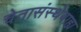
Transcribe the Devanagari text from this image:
चेतासंस्थेबाह्य